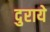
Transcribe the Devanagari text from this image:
दुराये